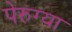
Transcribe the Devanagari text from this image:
पेरुग्या